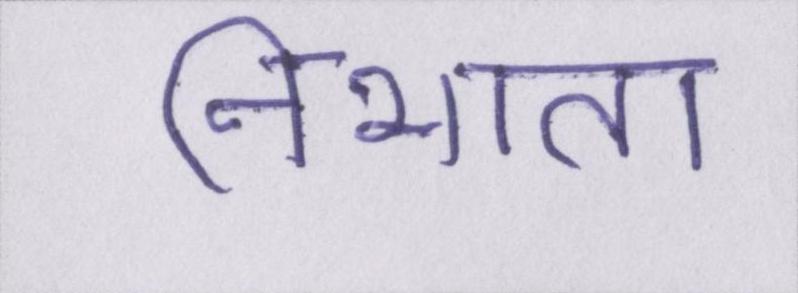
निभाता